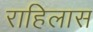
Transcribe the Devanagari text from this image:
राहिलास